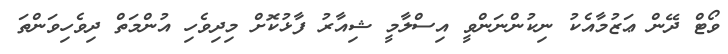
ވޯޓް ދޭން ޢަޒުމާއެކު ނިކުންނަންވީ އިސްލާމީ ޝިއާރު ފާޅުކޮށް މިދިވެހި އުންމަތް ދިވެހިވަންތަ